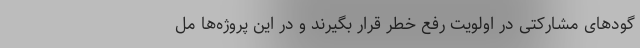
گودهای مشارکتی در اولویت رفع خطر قرار بگیرند و در این پروژه‌ها مل